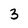
Character: 3